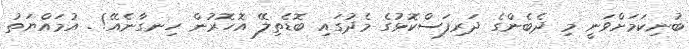
ބުނިކަމަށްވަނީ މި ދެބެންގެ ދަރިފަސްކޮޅުގެ މެދުގައި ބޮޑެތިލޭ އޮހޮރުން ހިނގާނެއޭ! . އުމައްޔަތު